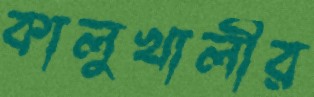
কালুখালীর